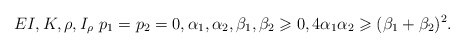
\begin{align*} EI, K, \rho, I_{\rho} \ p_1 = p_2 = 0, \alpha_1, \alpha_2, \beta_1, \beta_2 \geqslant 0, 4 \alpha_1 \alpha_2 \geqslant (\beta_1 + \beta_2)^2.\end{align*}